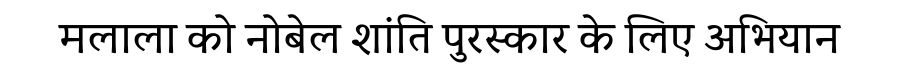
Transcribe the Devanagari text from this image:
मलाला को नोबेल शांति पुरस्कार के लिए अभियान